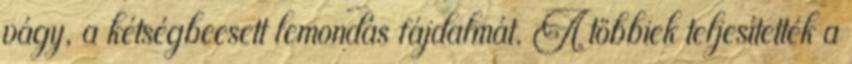
vágy, a kétségbeesett lemondás fájdalmát. A többiek teljesítették a